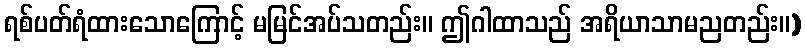
ရစ်ပတ်ရံထားသောကြောင့် မမြင်အပ်သတည်း။ ဤဂါထာသည် အရိယာသာမညတည်း။)